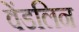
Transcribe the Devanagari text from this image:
वेंडलिन